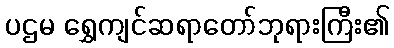
ပဌမ ရွှေကျင်ဆရာတော်ဘုရားကြီး၏